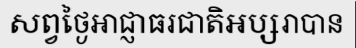
សព្វថ្ងៃអាជ្ញាធរជាតិអប្សរាបាន